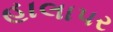
હાલાપર